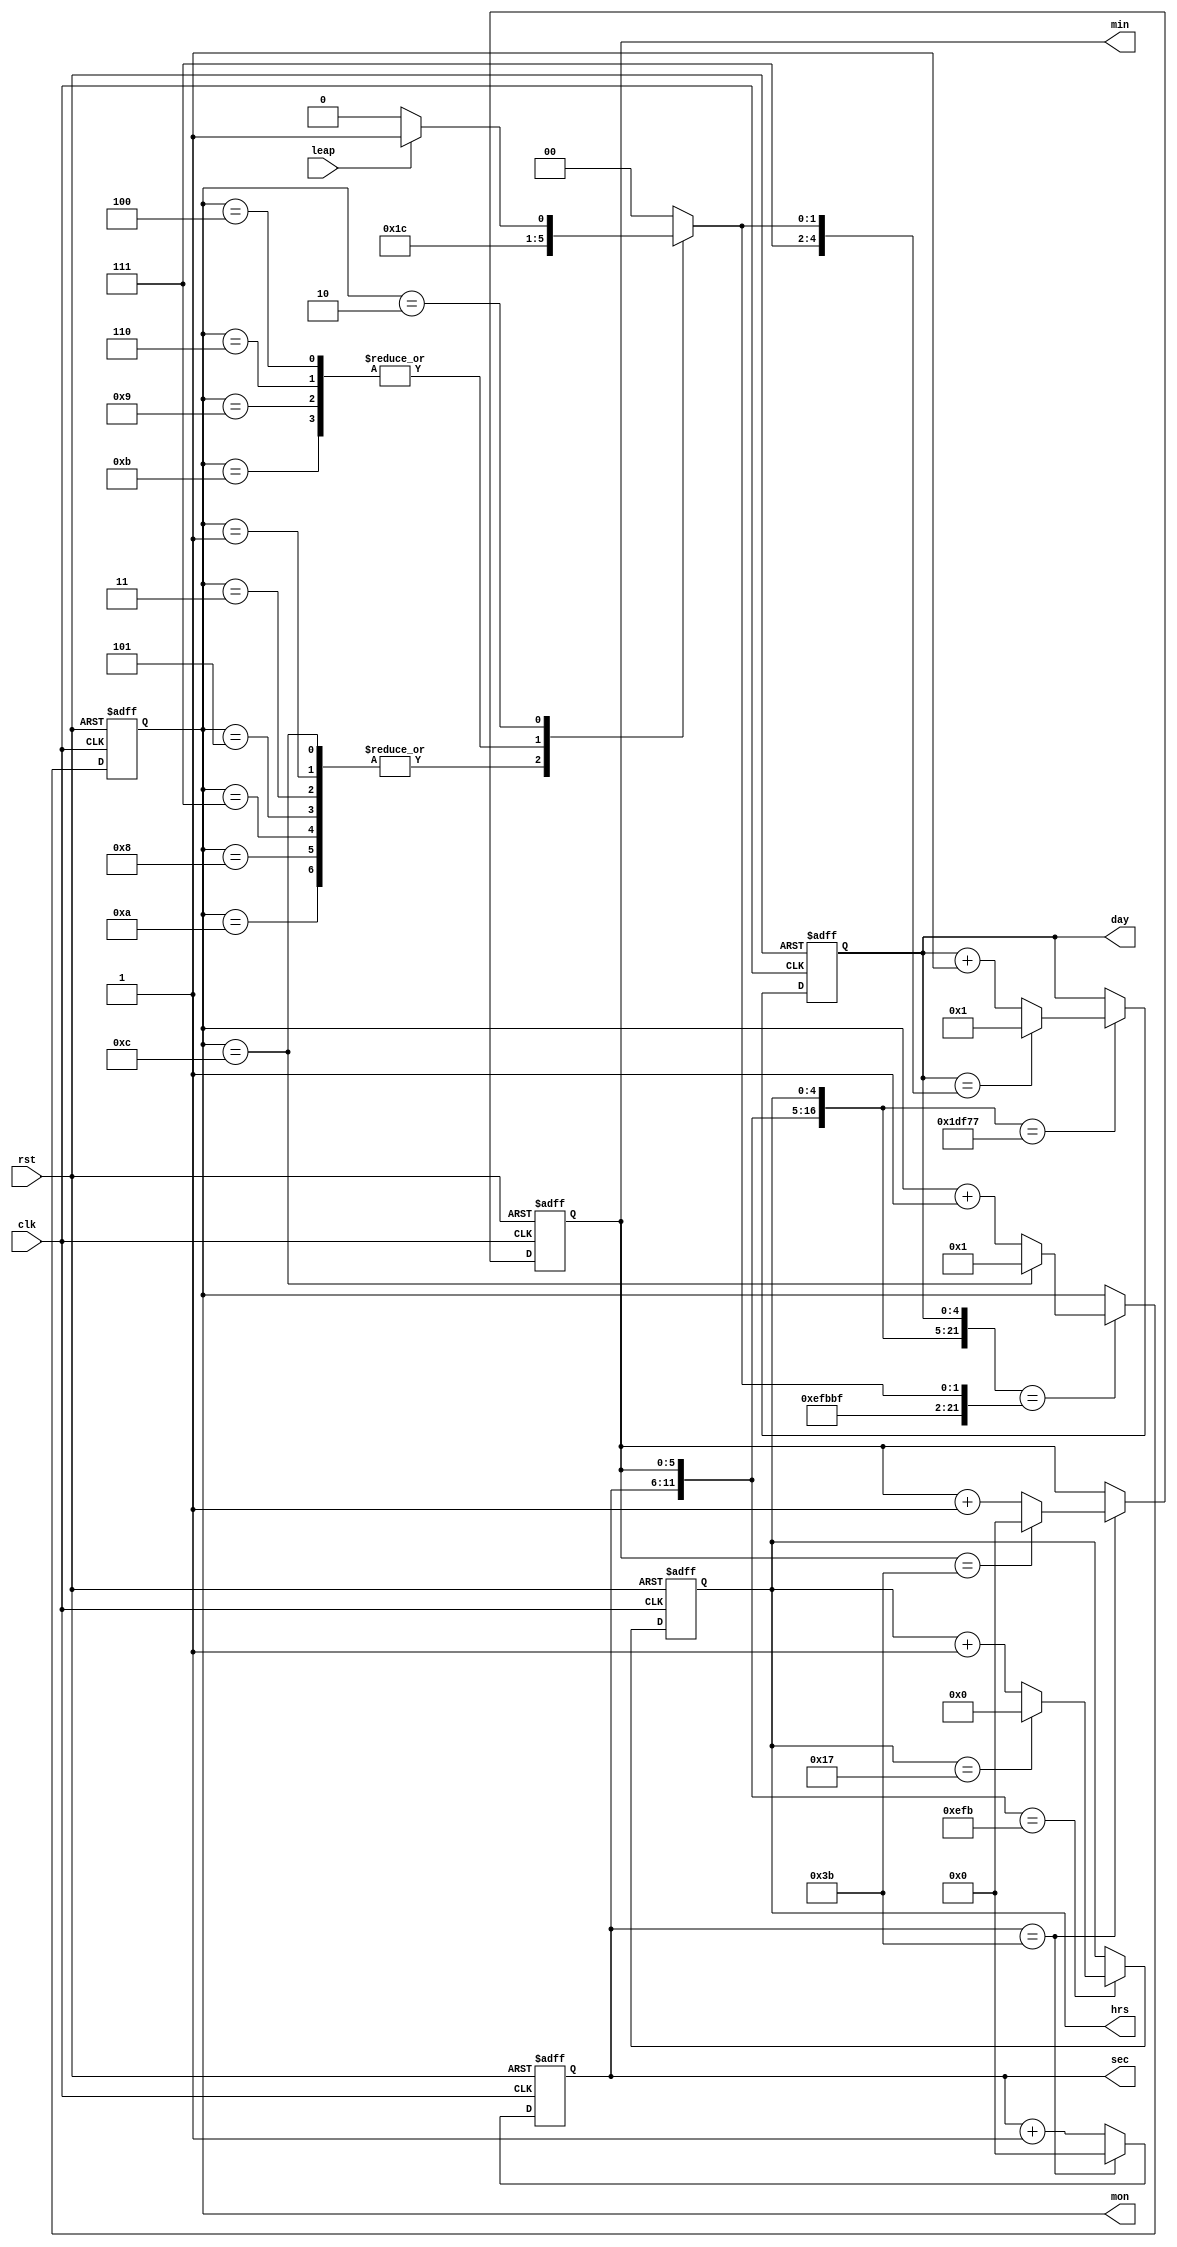
module hw21 (clk, rst, leap, mon, day, hrs, min, sec);
input clk, rst, leap;
output reg [3:0] mon;
output reg [4:0] day;
output reg [4:0] hrs;
output reg [5:0] min;
output reg [5:0] sec;

parameter SIZE_MONTH=4;
parameter SIZE_D=5;
parameter SIZE_H=5;
parameter SIZE_M=6;
parameter SIZE_S=6;

parameter ZERO=0;
parameter ONE=1;

parameter [SIZE_MONTH-1:0] FEB = 2;
parameter [SIZE_D-1:0] DD_MAX=31; 
parameter [SIZE_D-1:0] DD_MIN=28; 
parameter [SIZE_M-1:0] FN=59;
parameter [SIZE_H-1:0] TT=23;

reg [SIZE_D-1:0] DD; 

always @*
begin
    case (mon)
        1, 3, 5, 7, 8, 10, 12: DD = DD_MAX; 
        4, 6, 9, 11: DD = 30; 
        FEB: DD = leap ? 29 : DD_MIN; 
        default: DD = DD_MIN; 
    endcase
end

always @(posedge clk or posedge rst) begin
    if(rst) sec <= ZERO;
    else sec <= sec == FN ? ZERO : sec + ONE;
end

always @(posedge clk or posedge rst) begin
    if (rst) min <= ZERO;
    else if (sec == FN) min <= min == FN ? ZERO : min + ONE;
end

always @(posedge clk or posedge rst) begin
    if (rst) hrs <= ZERO;
    else if ({sec,min} == {FN,FN}) hrs <= hrs == TT ? ZERO : hrs + ONE;
end

always @(posedge clk or posedge rst) begin
    if (rst) day <= ONE;
    else if ({sec,min,hrs} == {FN,FN,TT}) day <= day == DD ? ONE : day + ONE;
end

always @(posedge clk or posedge rst) begin
    if (rst) mon <= ONE;
    else if ({sec,min,hrs,day} == {FN,FN,TT,DD}) mon <= mon == 12 ? ONE : mon + ONE;
end

endmodule